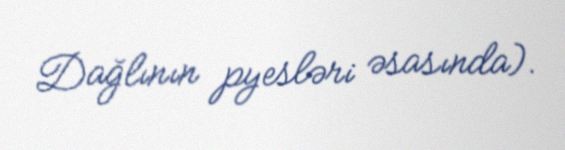
Dağlının pyesləri əsasında).